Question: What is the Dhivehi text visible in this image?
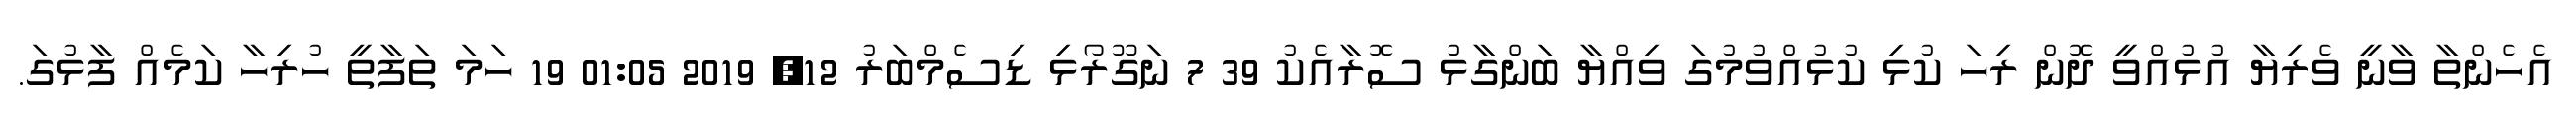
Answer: އެހެންތާ ވާނީ ވެރިޔާ އުޅުއްވީ ދޮން ރިހަ ކުޅި ކުޅުއްވުމުގަ ވިއްޔާ ބަންގާޅު ސޮރާއެކު 39 7 ނަގޫރޯޅި ޑިސެމްބަރު 12, 2019 01:05 19 ހަމަ ތަފާތީ ހުރިހާ ކަމެއް ފާޅުގަ.